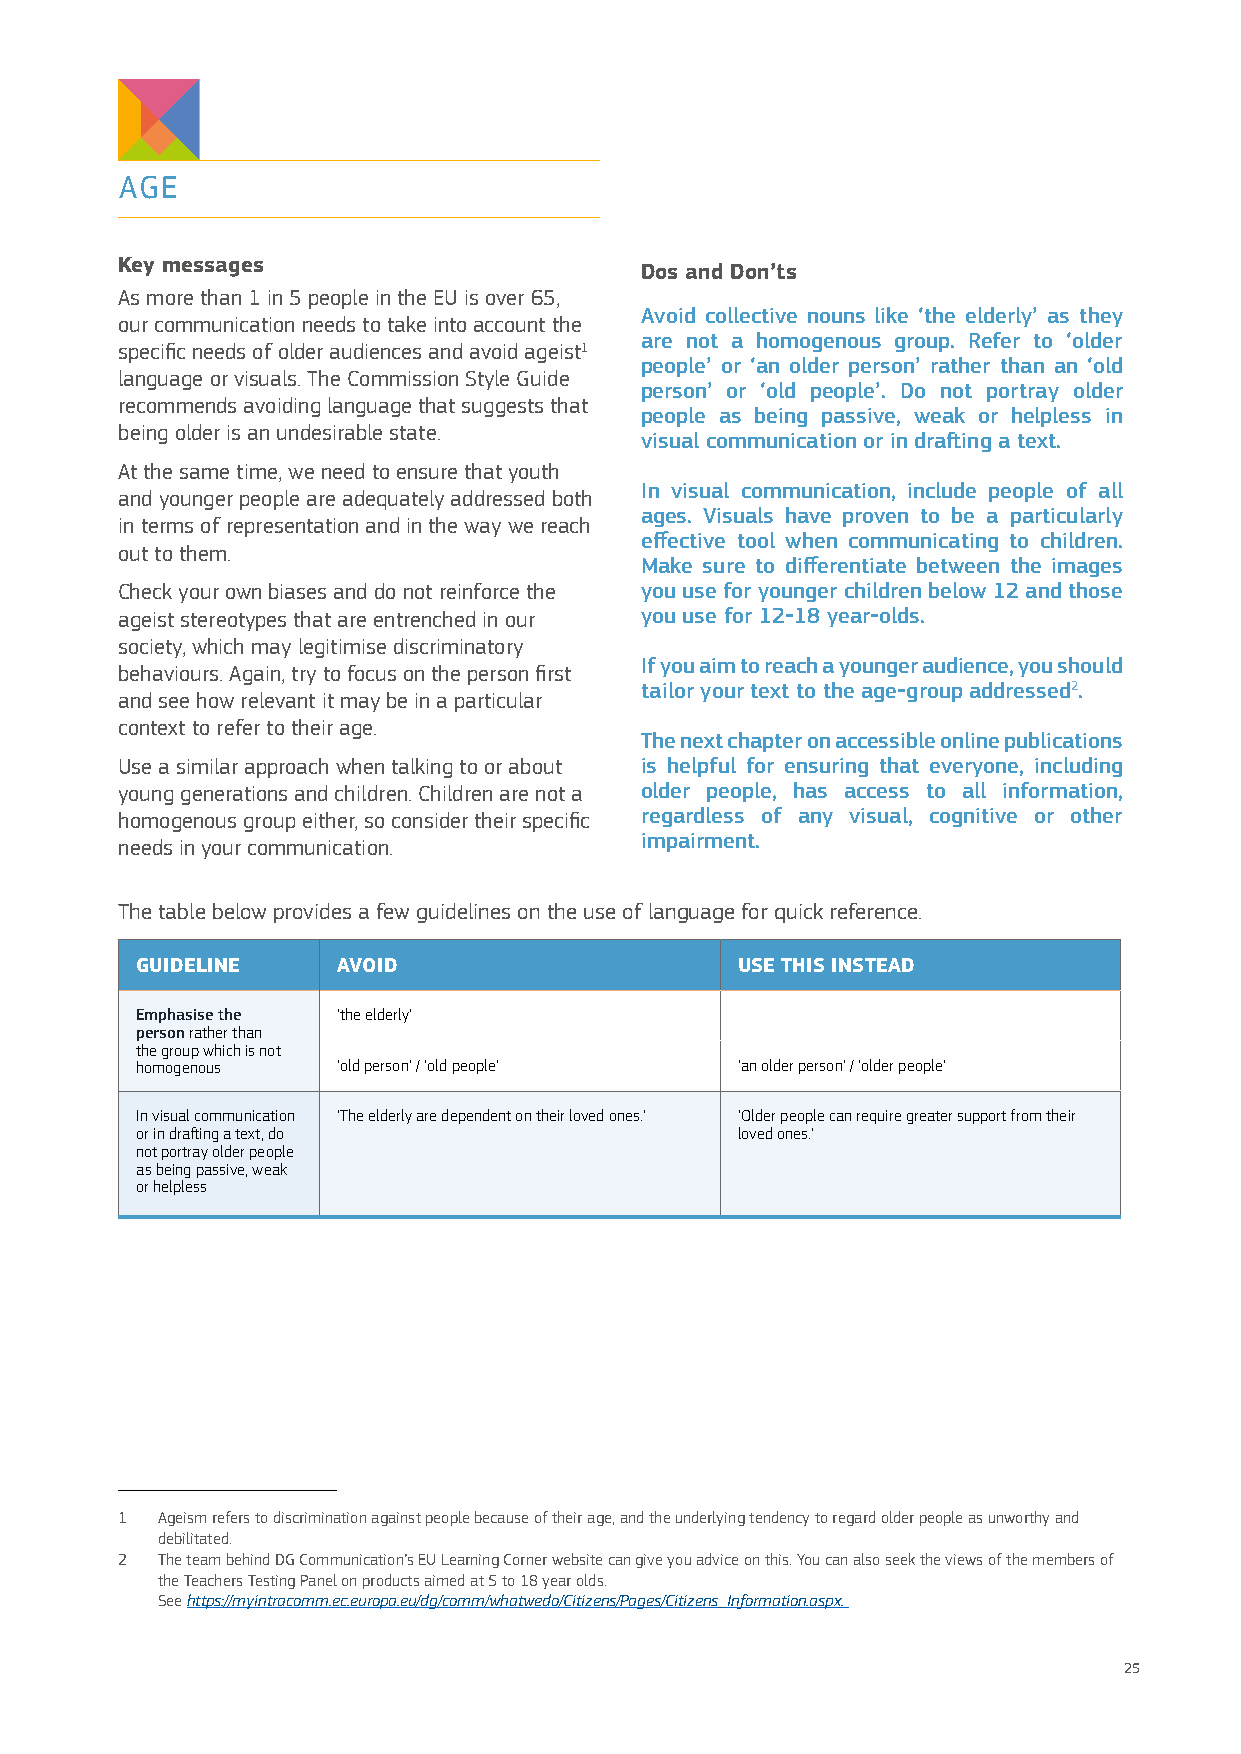
AGE
 Key messages
 Dos and Don’ts
 As more than 1 in 5 people in the EU is over 65,
 Avoid collective nouns like ‘the elderly’ as they
 our communication needs to take into account the
 are not a homogenous group. Refer to ‘older
 specific needs of older audiences and avoid ageist1
 people’ or ‘an older person’ rather than an ‘old
 language or visuals. The Commission Style Guide
 person’ or ‘old people’. Do not portray older
 recommends avoiding language that suggests that
 people as being passive, weak or helpless in
 being older is an undesirable state.
 visual communication or in drafting a text.
 At the same time, we need to ensure that youth
 In visual communication, include people of all
 and younger people are adequately addressed both
 ages. Visuals have proven to be a particularly
 in terms of representation and in the way we reach
 effective tool when communicating to children.
 out to them.
 Make sure to differentiate between the images
 Check your own biases and do not reinforce the you use for younger children below 12 and those
 ageist stereotypes that are entrenched in our you use for 12-18 year-olds.
 society, which may legitimise discriminatory
 If you aim to reach a younger audience, you should
 behaviours. Again, try to focus on the person first
 tailor your text to the age-group addressed2.
 and see how relevant it may be in a particular
 context to refer to their age.
 The next chapter on accessible online publications
 Use a similar approach when talking to or about is helpful for ensuring that everyone, including
 young generations and children. Children are not a older people, has access to all information,
 homogenous group either, so consider their specific regardless of any visual, cognitive or other
 impairment.
 needs in your communication.
 The table below provides a few guidelines on the use of language for quick reference.
 GUIDELINE    AVOID                      USE THIS INSTEAD
 Emphasise the ‘the elderly’
 person rather than
 the group which is not
 homogenous   ‘old person’ / ‘old people’ ‘an older person’ / ‘older people’
 In visual communication ‘The elderly are dependent on their loved ones.’ ‘Older people can require greater support from their
 or in drafting a text, do               loved ones.’
 not portray older people
 as being passive, weak
 or helpless
 1 Ageism refers to discrimination against people because of their age, and the underlying tendency to regard older people as unworthy and
 debilitated.
 2 The team behind DG Communication’s EU Learning Corner website can give you advice on this. You can also seek the views of the members of
 the Teachers Testing Panel on products aimed at 5 to 18 year olds.
 See https://myintracomm.ec.europa.eu/dg/comm/whatwedo/Citizens/Pages/Citizens_Information.aspx.
 25